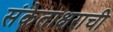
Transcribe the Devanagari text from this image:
संकेताक्षराची